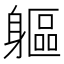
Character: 軀